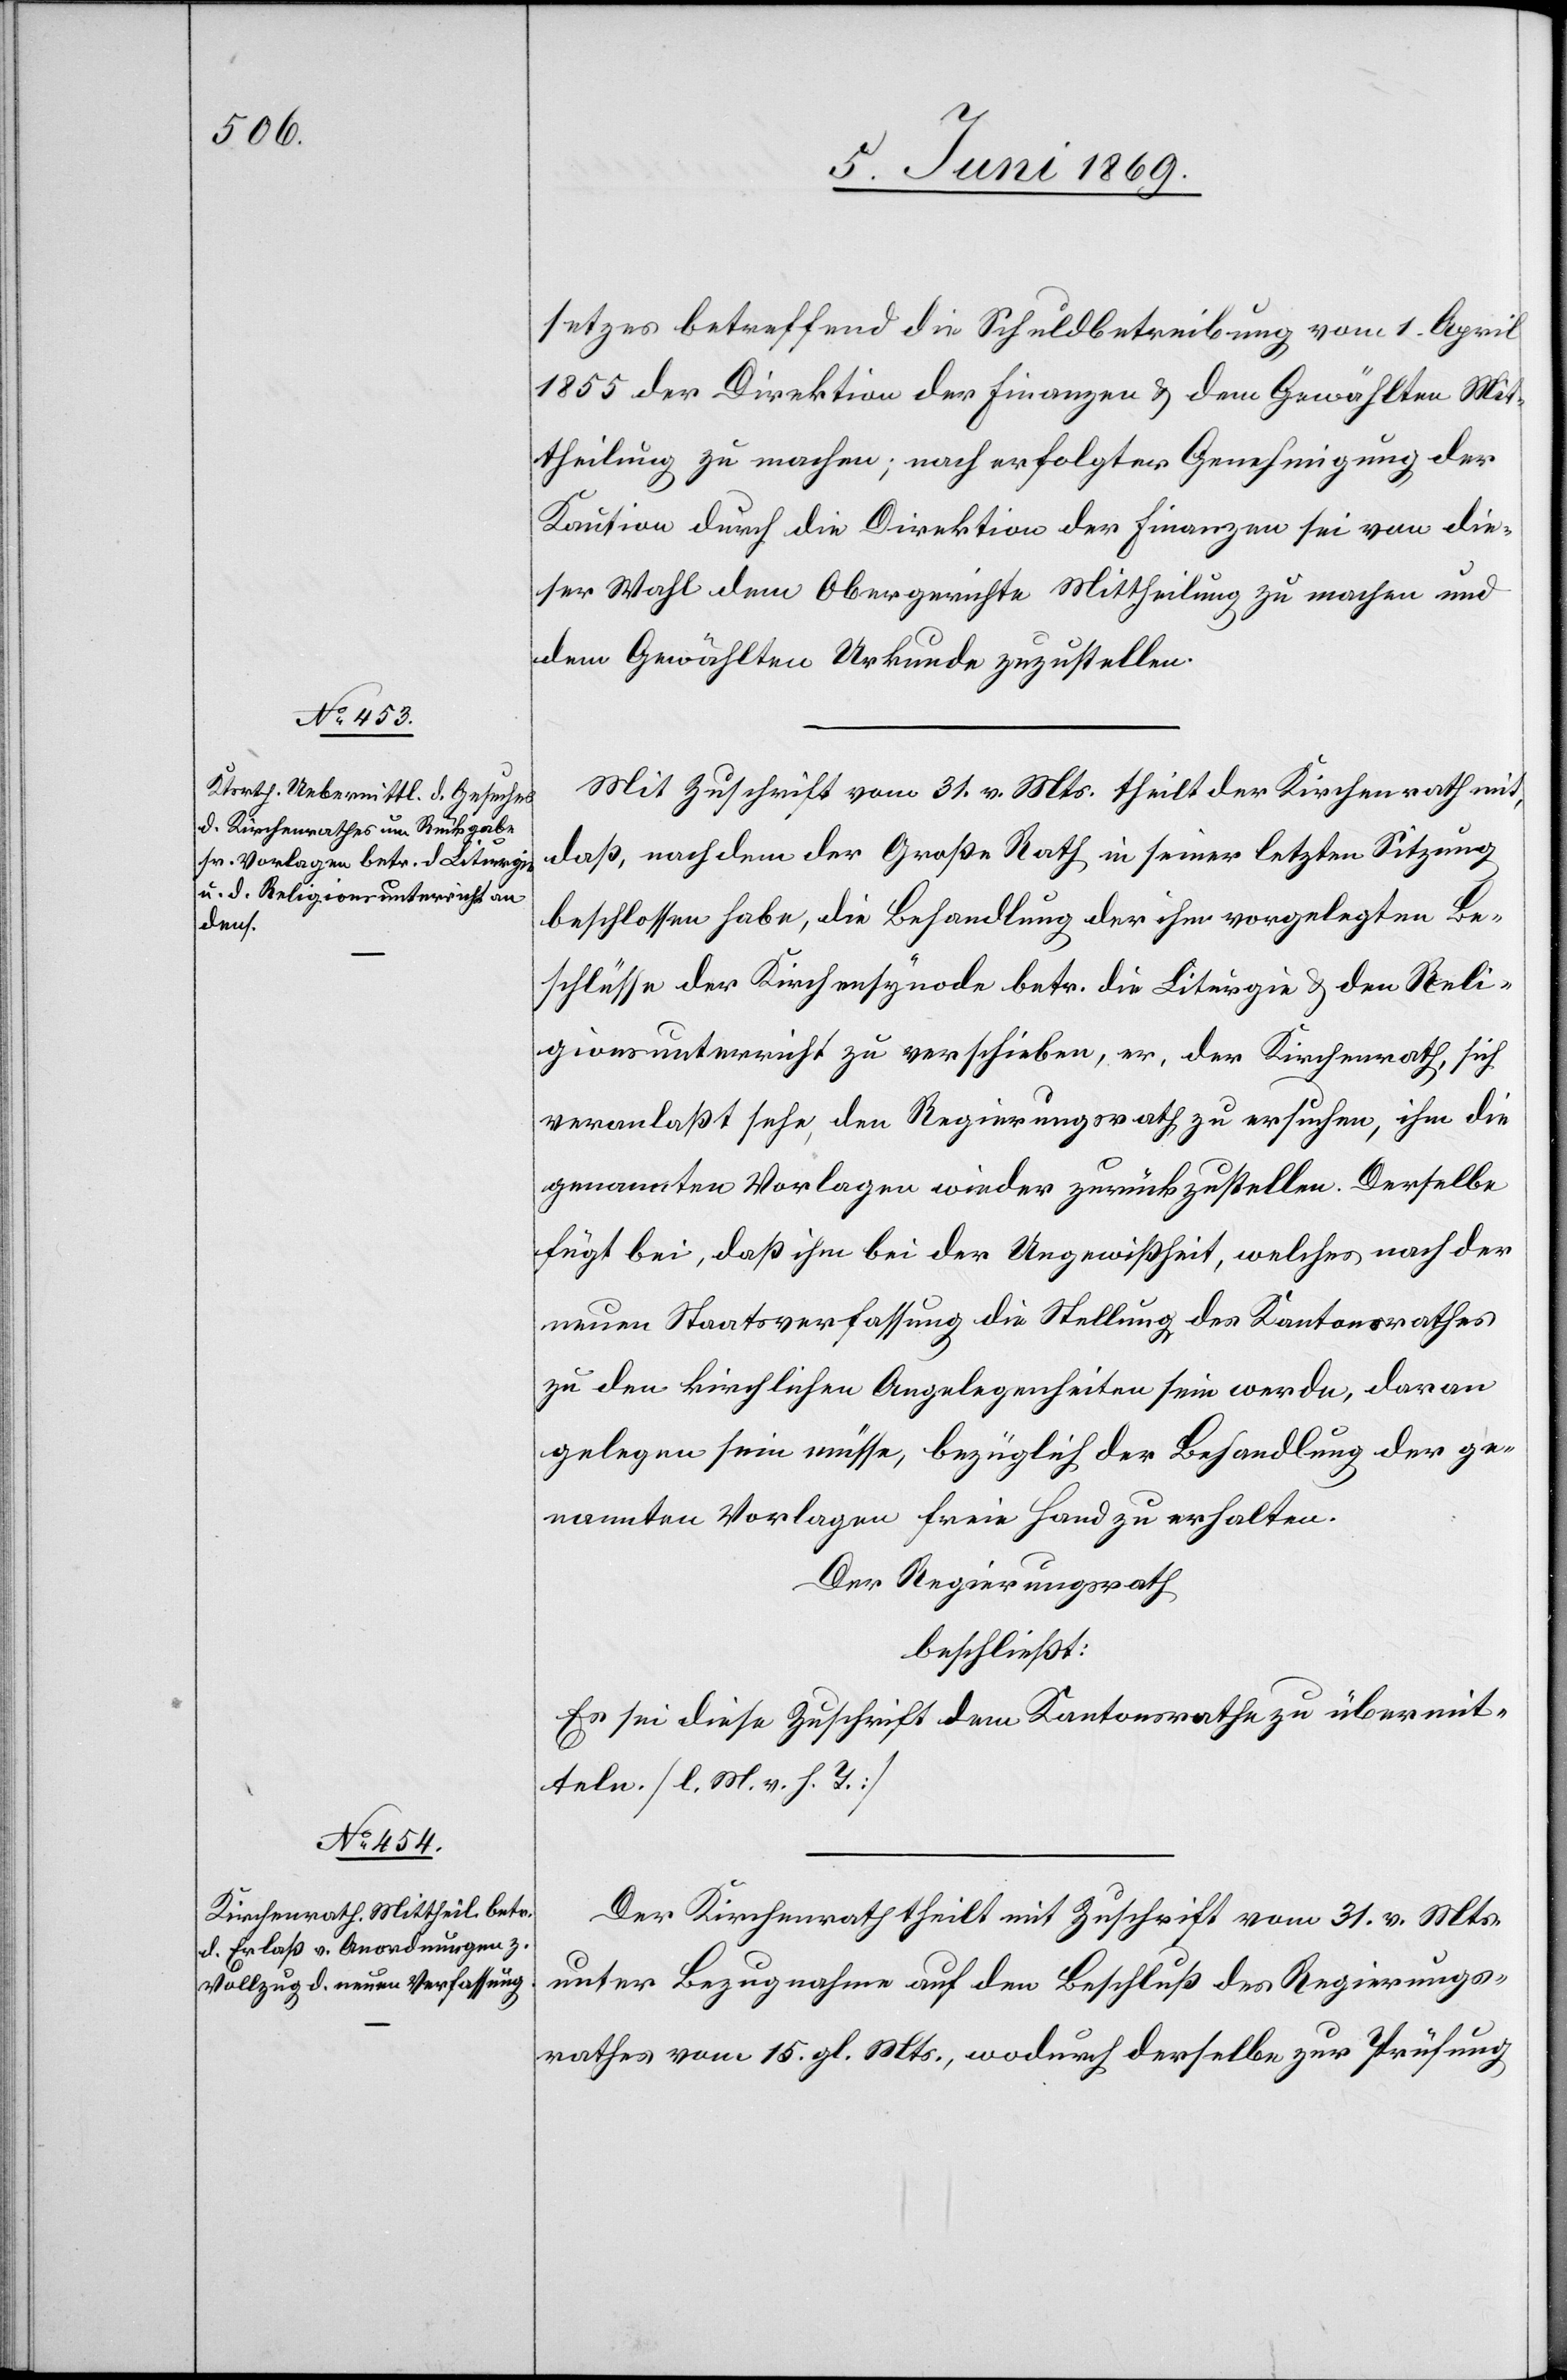
setzes betreffend die Schuldbetreibung vom 1. April
1855 der Direktion der Finanzen u. den Gewählten Mit¬
theilung zu machen; nach erfolgter Genehmigung der
Kaution durch die Direktion der Finanzen sei von die¬
ser Wahl dem Obergerichte Mittheilung zu machen und
dem Gewählten Urkunde zuzustellen.
Mit Zuschrift vom 31 v. Mts. theilt der Kirchenrath mit,
daß, nachdem der Große Rath in seiner letzten Sitzung
beschlossen habe, die Behandlung der ihm vorgelegten Be¬
schlüsse der Kirchensynode betr. die Liturgie u. den Reli¬
gionsunterricht zu verschieben, er, der Kirchenrath, sich
veranlaßt sehe, den Regierungsrath zu ersuchen, ihm die
genannten Vorlagen wieder zurückzustellen. Derselbe
fügt bei, daß ihm bei der Ungewißheit, welches nach der
neuen Staatsverfassung die Stellung des Kantonsrathes
zu den kirchlichen Angelegenheiten sein werde, daran
gelegen sein müsse, bezüglich der Behandlung der ge¬
nannten Vorlagen freie Hand zu erhalten.
Der Regierungsrath
beschließt:
Es sei diese Zuschrift dem Kantonsrathe zu übermit¬
teln. [l. M. v. h. T]
Der Kirchenrath theilt mit Zuschrift vom 31 v. Mts.
unter Bezugnahme auf den Beschluß des Regierungs¬
rathes vom 15 gl. Mts., wodurch derselbe zur Prüfung